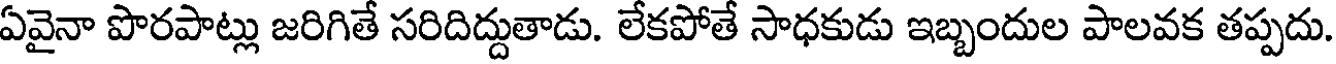
ఏవైనా పొరపాట్లు జరిగితే సరిదిద్దుతాడు. లేకపోతే సాధకుడు ఇబ్బందుల పాలవక తప్పదు.